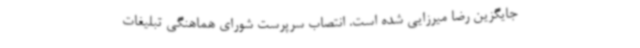
جایگزین رضا میرزایی شده است. انتصاب سرپرست شورای هماهنگی تبلیغات